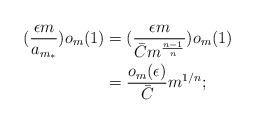
LaTeX: \begin{align*}(\frac{\epsilon m}{a_{m_*}})o_m(1)&=(\frac{\epsilon m}{\bar{C}m^{\frac{n-1}{n}}})o_m(1)\\&=\frac{o_m(\epsilon)}{\bar{C}} m^{1/n};\end{align*}